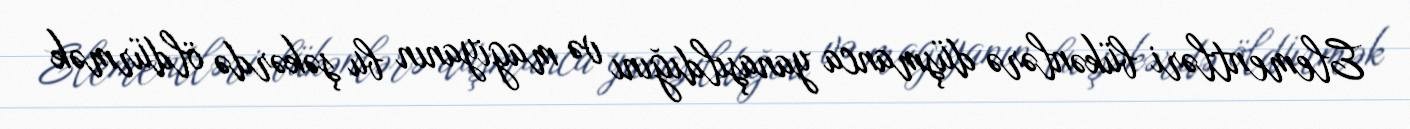
Elementləri bükənlərə düşmanca yanaşıldığını və magiyanın bu şəkərdə öldürmək